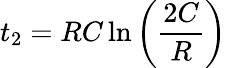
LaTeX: t_{2}=RC\ln{\left(\frac{2C}{R}\right)}